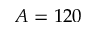
A = 1 2 0